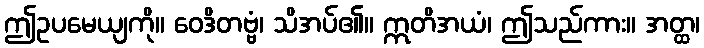
ဤဥပမေယျကို။ ဝေဒိတဗ္ဗံ၊ သိအပ်၏။ ဣတိအယံ၊ ဤသည်ကား။ အတ္ထ၊